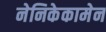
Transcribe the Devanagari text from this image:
नेनिकेकामेन